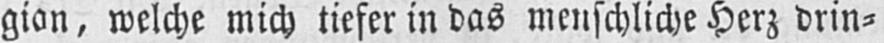
gion, welche mich tiefer in das menschliche Herz brin⸗